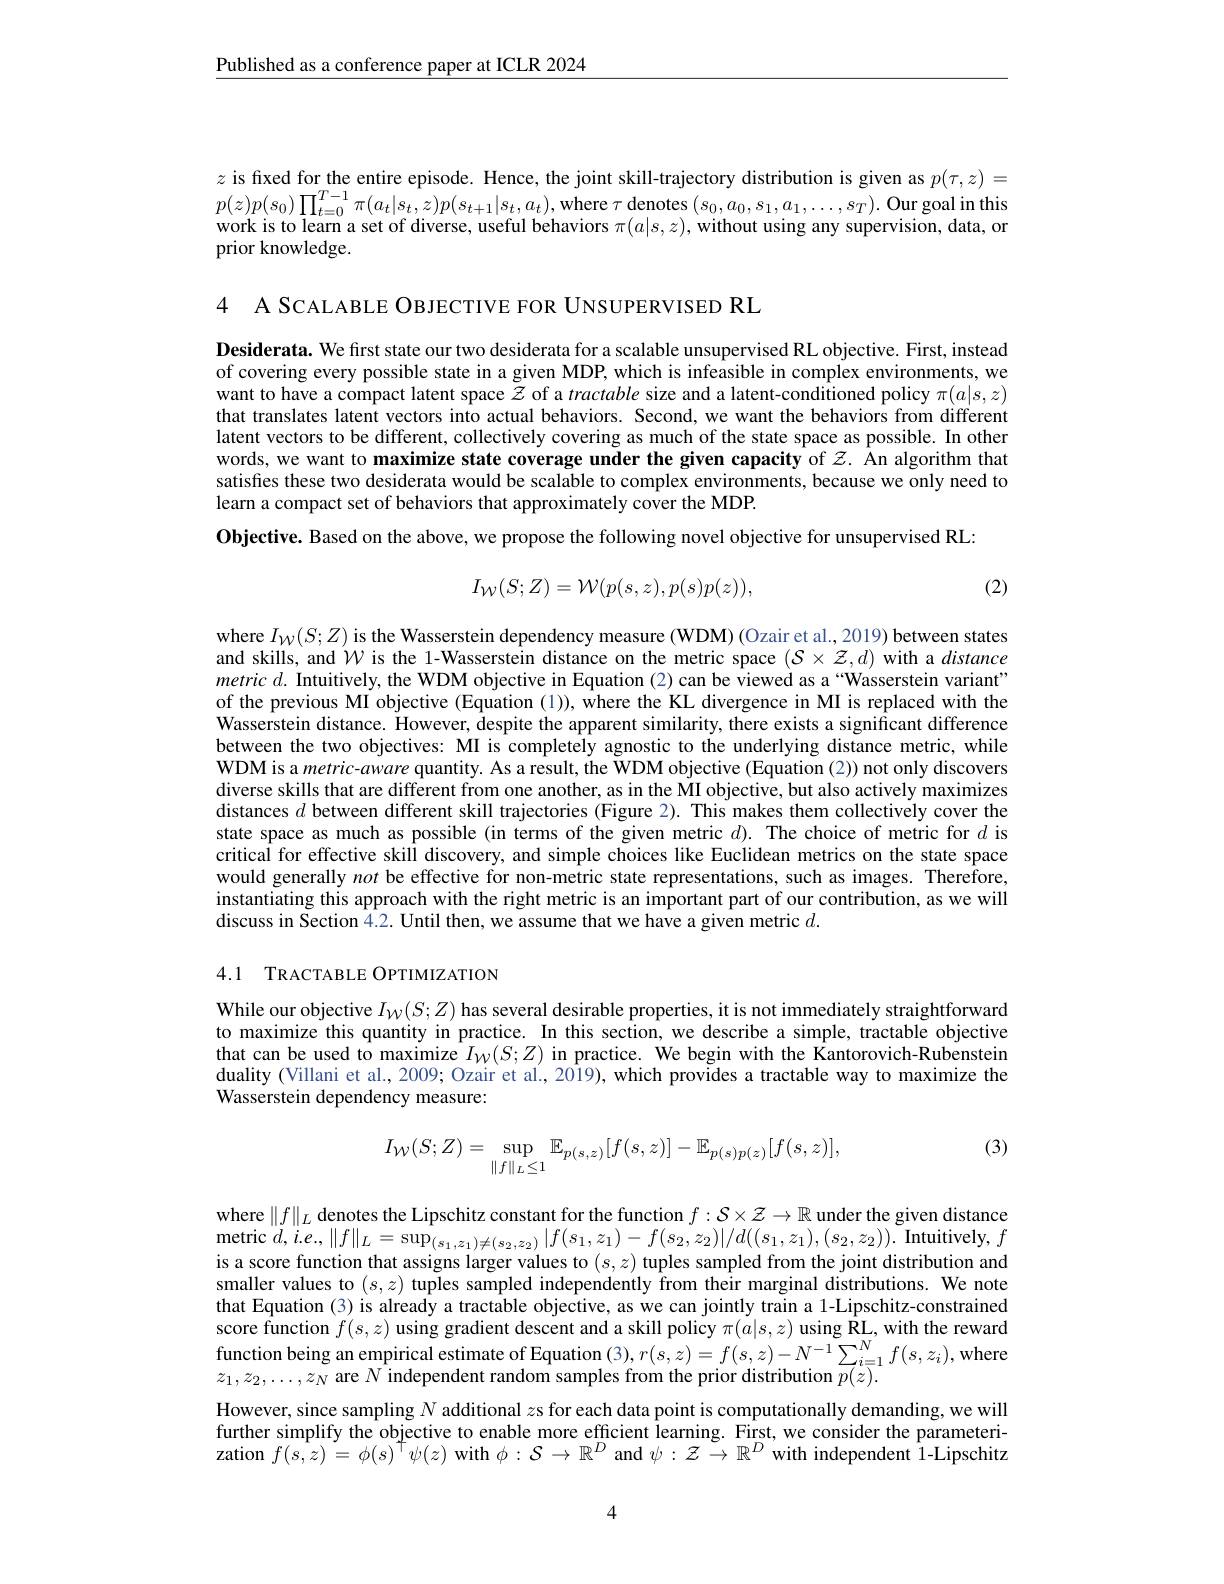
$\underline{\text{Published as a conference paper at ICLR 2024}}$

$z$ is fixed for the entire episode. Hence, the joint skill-trajectory distribution is given as $p(\tau,z)=$ $p(z)p(s_{0})\prod_{t=0}^{T-1}\pi(a_{t}|s_{t},z)p(s_{t+1}|s_{t},a_{t})$,where $\tau$ denotes $(s_0,a_0,s_1,a_1,\ldots,s_T).$ Our goal in this work is to learn a set of diverse, useful behaviors $\pi(a|s,z)$, without using any supervision, data, or prior knowledge.

4 A SCALABLE OBJECTIVE FOR UNSUPERVISED RL

Desiderata. We first state our two desiderata for a scalable unsupervised RL objective. First, instead of covering every possible state in a given MDP, which is infeasible in complex environments, we want to have a compact latent space $\tilde{z}$ of a tractable size and a latent-conditioned policy $\pi(a|s,z)$ that translates latent vectors into actual behaviors. Second, we want the behaviors from different latent vectors to be different, collectively covering as much of the state space as possible. In other words, we want to maximize state coverage under the given capacity of $z.$ Ån algorithm that satisfies these two desiderata would be scalable to complex environments, because we only need to learn a compact set of behaviors that approximately cover the MDP.
Objective. Based on the above, we propose the following novel objective for unsupervised RL:
$$I_{\mathcal W}(S;Z)=\mathcal W(p(s,z),p(s)p(z)),$$
(2)

where $I_{W}(S;Z)$ is the Wasserstein dependency measure (WDM) (Ozair et al., 2019) between states and skills, and $\mathcal{W}$ is the 1-Wasserstein distance on the metric space $(\mathcal{S}\times\mathcal{Z},d)$ with a distance metric $d.$ Intuitively, the WDM objective in Equation (2) can be viewed as a “Wasserstein variant” of the previous MI objective (Equation (1)), where the KL divergence in MI is replaced with the Wasserstein distance. However, despite the apparent similarity, there exists a significant difference between the two objectives: MI is completely agnostic to the underlying distance metric, while WDM is a metric-aware quantity. As a result, the WDM objective (Equation (2)) not only discovers diverse skills that are different from one another, as in the MI objective, but also actively maximizes distances $d$ between different skill trajectories (Figure 2). This makes them collectivély cover the state space as much as possible (in terms of the given metric $d).$ The choice of metric for $d$ is critical for effective skill discovery, and simple choices like Euclidean metrics on the state space would generally not be effective for non-metric state representations, such as images. Therefore, instantiating this approach with the right metric is an important part of our contribution, as we will discuss in Section 4.2. Until then, we assume that we have a given metric $d.$

## 4.1 TRACTABLE OPTIMIZATION

While our objective $I_{\mathcal{W}}(S;Z)$ has several desirable properties, it is not immediately straightforward to maximize this quantity in practice. In this section, we describe a simple, tractable objective that can be used to maximize $I_{W}(S;Z)$ in practice. We begin with the Kantorovich-Rubenstein duality (Villani et al., 2009; Ozair et al., 2019), which provides a tractable way to maximize the Wasserstein dependency measure:

(3)
$$I_{\mathcal W}(S;Z)=\sup_{\|f\|_L\leq1}\mathbb{E}_{p(s,z)}[f(s,z)]-\mathbb{E}_{p(s)p(z)}[f(s,z)],$$
where $\|f\|_L$ denotes the Lipschitz constant for the function $f:\mathcal{S}\times\mathcal{Z}\to\mathbb{R}$ under the given distance $\operatorname*{metric}d,i.e,\|f\|_{L}=\sup_{(s_{1},z_{1})\neq(s_{2},z_{2})}|f(s_{1},z_{1})-f(s_{2},z_{2})|/d((s_{1},z_{1}),(s_{2},z_{2})).$Intuitively$,f$ is a score function that assigns larger values to $(s,z)$ tuples sampled from the joint distribution and smaller values to $(s,z)$ tuples sampled independently from their marginal distributions. We note that Equation (3) is already a tractable objective, as we can jointly train a 1-Lipschitz-constrained score function $f(s,z)$ using gradient descent and a skill policy $\pi(\tilde{a}|s,z)$ using $\hat{\mathbf{RL}}_N$, with the reward function being an empirical estimate of Equation $(3),r(s,z)=f(s,z)-N^{-1}\sum_{i=1}^{N}f(s,z_{i})$,wheren$z_1,z_2,\ldots,z_N$ are $N$ independent random samples from the prior distribution $p(z).$ However, since sampling $N$ additional $z$s for each data point is computationally demanding, we will further simplify the objective to enable more efficient learning. First, we consider the parameterization $f(s,z)=\phi(s)^{+}\psi(z)$ with $\phi:\mathcal{S}\to\mathbb{R}^D$ and $\psi:\mathcal{Z}\to\mathbb{R}^D$ with independent 1-Lipschitz

4